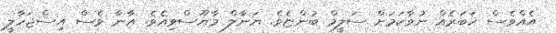
އެއްވެސް ޚަބަރެއް ނުވާކަމަށް ސަލީމް ބުންޏެވެ. ޔަނާލް މާޔޫސްވިއެވެ. އާނާ ވެސް އިސްޖަހާލީ